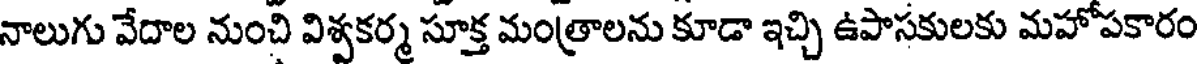
నాలుగు వేదాల నుంచి విశ్వకర్మ సూక్త మంత్రాలను కూడా ఇచ్చి ఉపాసకులకు మహోపకారం